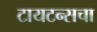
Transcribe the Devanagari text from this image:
टायटन्सचा